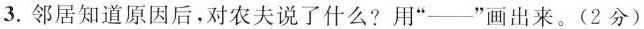
3.邻居知道原因后，对农夫说了什么？用”——”画出来。(2分)